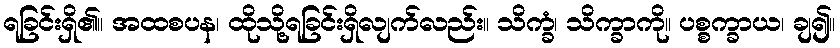
ရခြင်းရှိ၏။ အထစပန၊ ထိုသို့ရခြင်းရှိလျက်လည်း။ သိက္ခံ၊ သိက္ခာကို။ ပစ္စက္ခာယ၊ ချ၍။